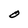
Character: O